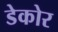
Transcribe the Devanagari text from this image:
डेकोर